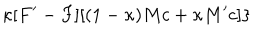
LaTeX: \kappa [ F ^ { \prime } - F ] [ ( 1 - \kappa ) M c + \kappa M ^ { \prime } c ] \}